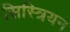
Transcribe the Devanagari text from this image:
सिस्त्रियन